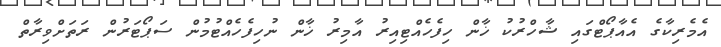
އެމެރިކާގެ އެއާޕޯޓްގައި ޝާހްރުކު ޚާން ހިފެހެއްޓިއިރު އާމިރު ޚާން ނުހިފެހެއްޓުމުން ސަޕޯޓަރުން ރަތަށްވިރާތް